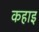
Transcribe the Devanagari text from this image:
कहाइ